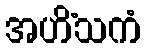
အဟိံသကံ